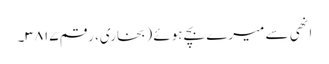
انھی سے میرے بچے ہوئے (بخاری، رقم ۳۸۱۷۔